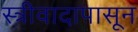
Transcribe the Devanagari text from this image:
स्त्रीवादापासून